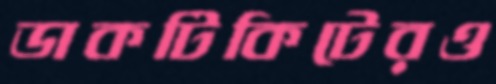
ডাকটিকিটেরও